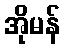
အိုမန်